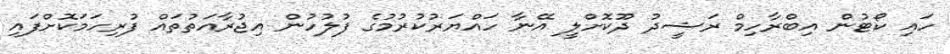
ހައި ކޯޓުން އިބްރާހިމް ރަޝީދު ދޫކޮށްލީ އޭނާ ހައްޔަރުކުރުމުގެ ފުލުހުން އިޖުރާއަތުތައް ފުރިހަމަކޮށްފައި